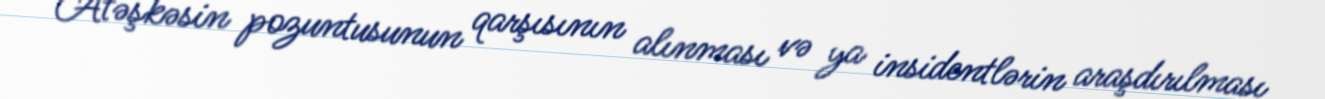
Atəşkəsin pozuntusunun qarşısının alınması və ya insidentlərin araşdırılması